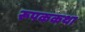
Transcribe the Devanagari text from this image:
रूपककथा